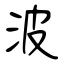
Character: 波